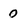
Character: 0